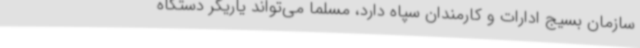
سازمان بسیج ادارات و کارمندان سپاه دارد، مسلماً می‌تواند یاریگر دستگاه